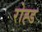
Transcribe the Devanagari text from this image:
रोह्ड